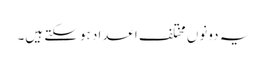
یہ دونوں مختلف اعداد ہوسکتے ہیں۔